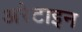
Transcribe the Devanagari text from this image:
अरेटाइन